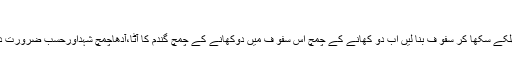
نارنگی کا ما سک
نارنگی اور لیموں کے چھلکے سکھا کر سفو ف بنا لیں اب دو کھانے کے چمچ اس سفو ف میں دوکھانے کے چمچ گندم کا آٹا،آدھاچمچ شہداورحسب ضرورت دودھ ملا کر مکس کر لیں۔